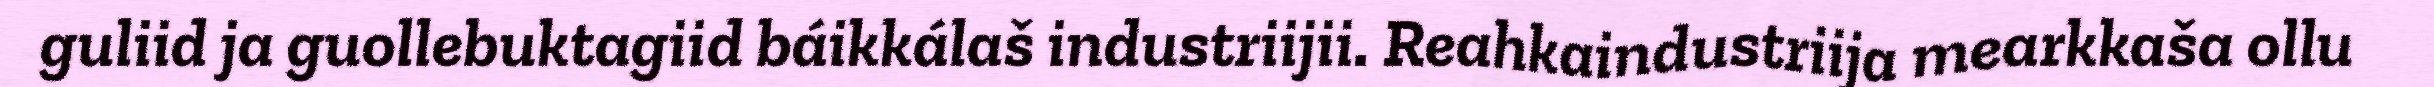
guliid ja guollebuktagiid báikkálaš industriijii. Reahkaindustriija mearkkaša ollu